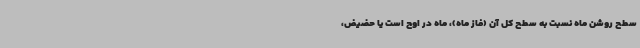
سطح روشن ماه نسبت به سطح کل آن (فاز ماه)، ماه در اوج است یا حضیض،